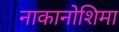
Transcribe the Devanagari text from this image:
नाकानोशिमा